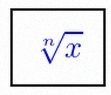
\sqrt[n]{x}